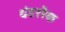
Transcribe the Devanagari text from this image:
थंडररैक